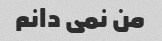
من نمی دانم